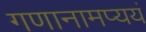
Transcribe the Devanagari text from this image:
गणानामप्ययं